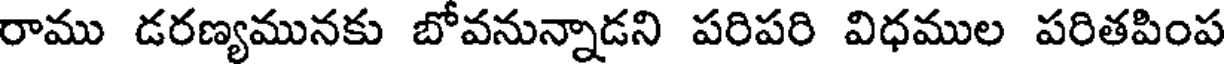
రాము డరణ్యమునకు బోవనున్నాడని పరిపరి విధముల పరితపింప